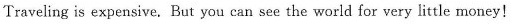
Traveling is expensive. But you can see the world for very little money!